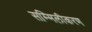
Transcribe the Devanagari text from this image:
सम्मिलीकरण